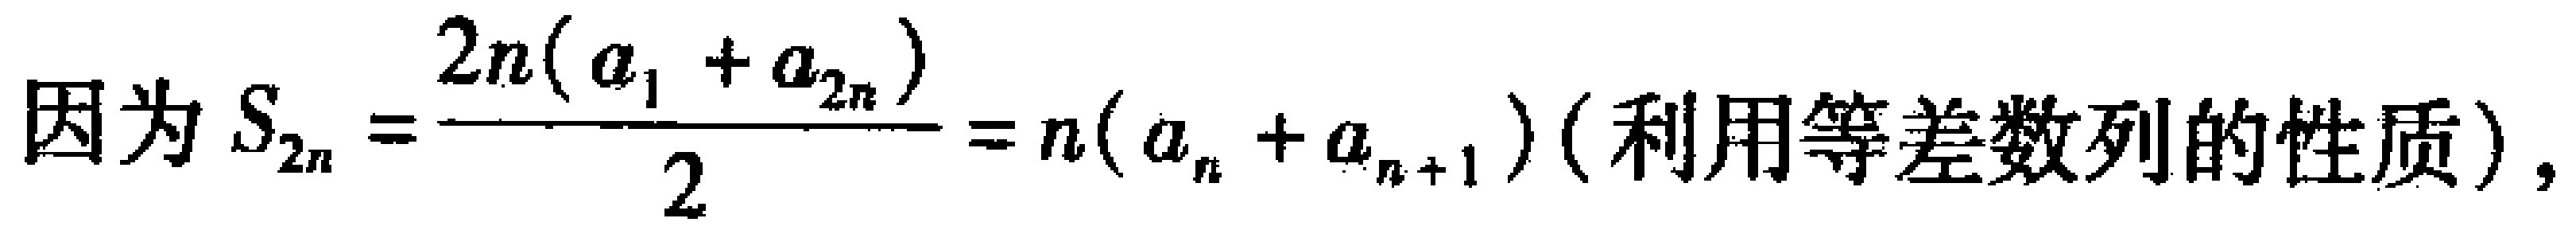
因为 \(S_{2n}=\frac{2n(a_{1} + a_{2n})}{2}=n(a_{n} + a_{n + 1})\) (利用等差数列的性质)，